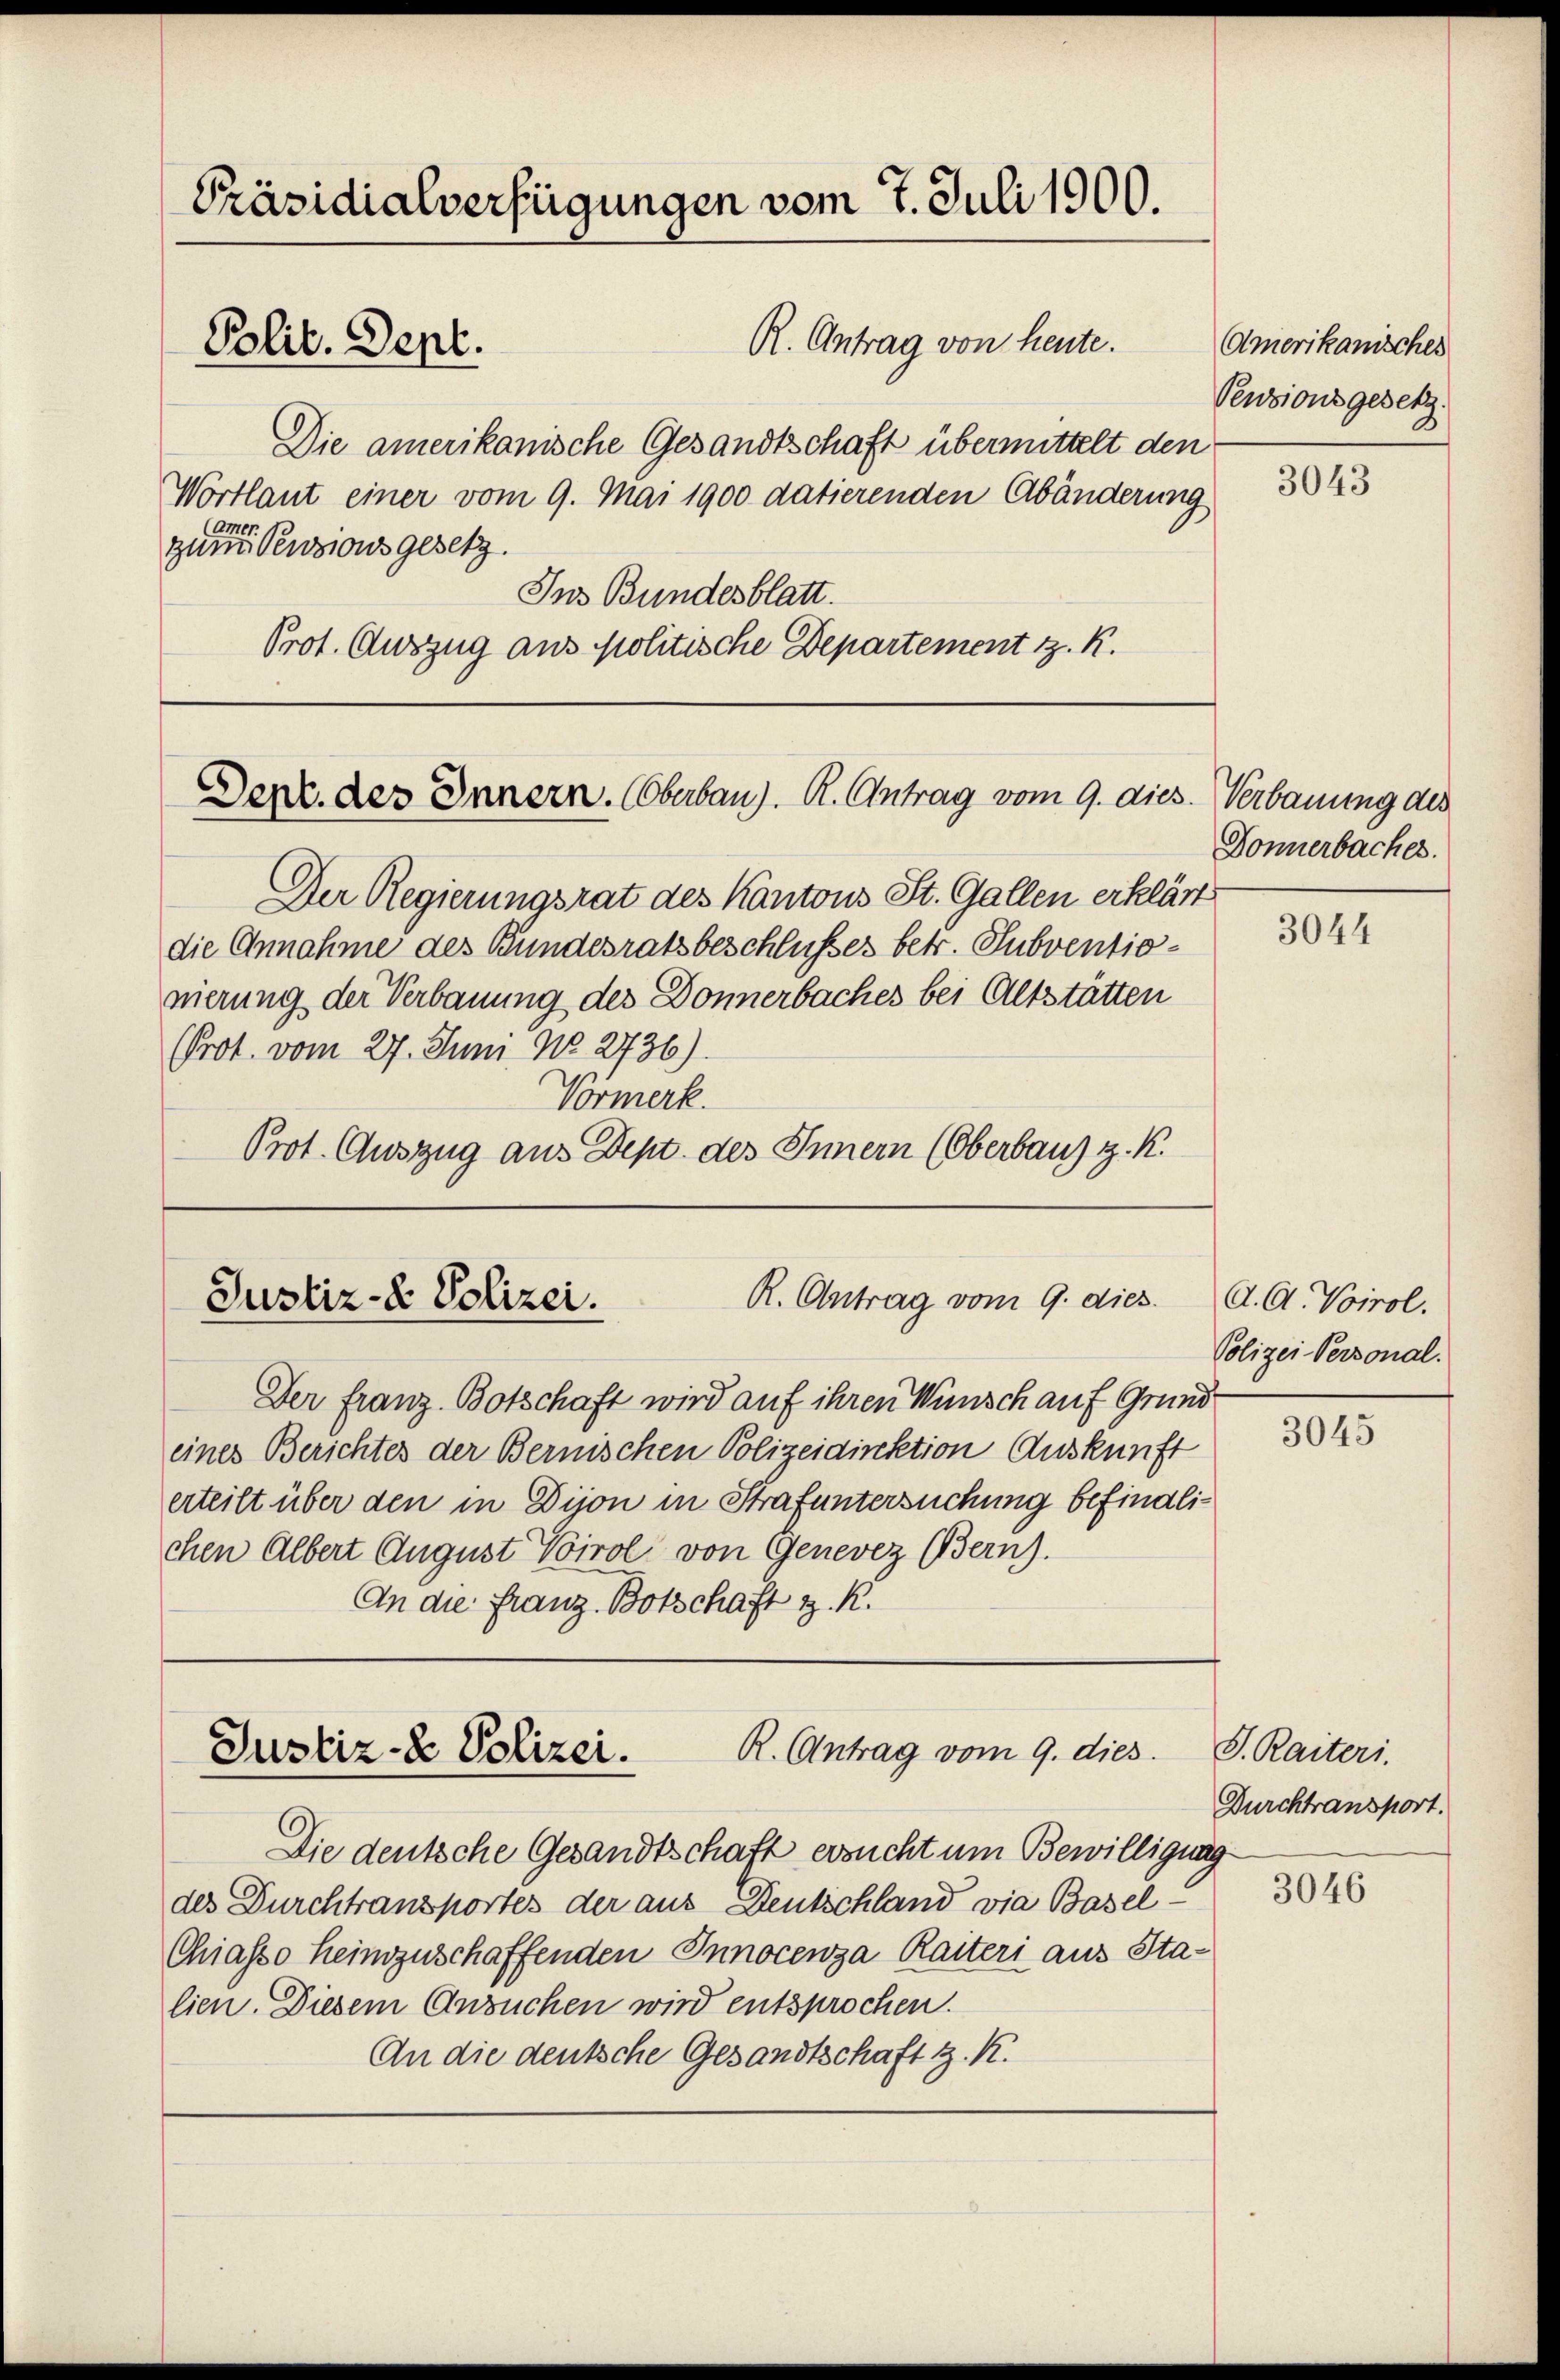
Präsidialverfügungen vom 7. Juli 1900.
R. Antrag von heute.
Polit. Dept.

Die amerikanische Gesandtschaft übermittelt den
Wortlaut einer vom 9. Mai 1900 datierenden Abänderung
(Amer.
zum Pensionsgesetz.
Ins Bundesblatt.
Prot. Auszug aus politische Departement z. K.

Derz. des Innern. Oberbau). R. Antrag vom 9. dies. Verbauung des

Der Regierungsrat des Kantons St. Gallen erklärt
die Annahme des Bundesratsbeschlusses betr. Subventionierung der Verbauung des Donnerbaches bei Altstätten
PProt. vom 27. Juni No 2736).
Vormerk.
Prot. Auszug aus Dept. des Innern (Oberbaus z. K.

R. Antrag vom 9. dies
Justiz- & Polizei.

Der franz Botschaft wird auf ihren Wünsch auf Grund
eines Berichtes der Bernischen Polizeidirektion Auskunft
erteilt über den in Dijon in Strafuntersuchung befindlichen Albert August Voirol von Genevez Bern).
An die Franz Botschaft z. K.

R. Antrag vom 9. dies
Justiz- & Polizei.

Die deutsche Gesandtschaft ersucht um Bewilligung
des Durchtransportes der aus Deutschland vie Basel-
Chiasso heimzuschaffenden Innocenza Raiteri aus Stalien. Diesem Ansuchen wird entsprochen.
An die deutsche Gesandtschaft z. K.

Amerikanisches
Pensionsgesetz

3043

Donnerbaches.

3044

A. A. Voirol.
Polizei-Personal.

3045

. Kariters
Durchtransport.

3046